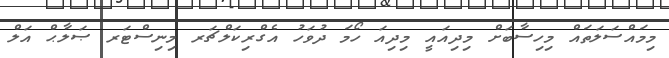
މިމައްސަލަތައް މިހިސާބަށް މިދިއައީ މިދިއަ ހޯމަ ދުވަހު އެގްރިކަލްޗަރ މިނިސްޓަރ ޞަލާޙް އަލް